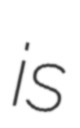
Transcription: is